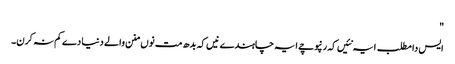
"
ایس دا مطلب ایہ نئیں کہ رنپوچے ایہ چاہندے نیں کہ بدھ مت نوں منن والے دنیا دے کم نہ کرن۔